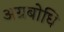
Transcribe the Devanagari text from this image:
अग्रबोधि